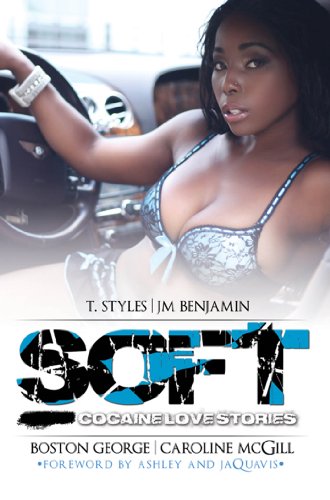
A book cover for Soft: Ashley & JaQuavis Presents: Cocaine Love Stories (Urban Books); Caroline McGill; Literature & Fiction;